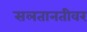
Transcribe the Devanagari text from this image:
सलतानतीवर